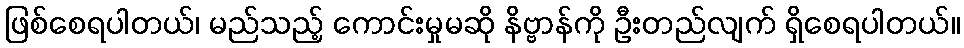
ဖြစ်စေရပါတယ်၊ မည်သည့် ကောင်းမှုမဆို နိဗ္ဗာန်ကို ဦးတည်လျက် ရှိစေရပါတယ်။